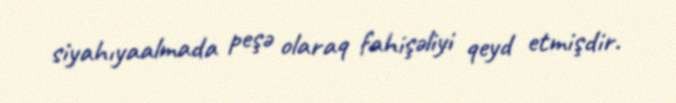
siyahıyaalmada peşə olaraq fahişəliyi qeyd etmişdir.